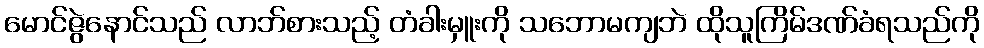
မောင်ဇွဲနောင်သည် လာဘ်စားသည့် တံခါးမှူးကို သဘောမကျဘဲ ထိုသူကြိမ်ဒဏ်ခံရသည်ကို